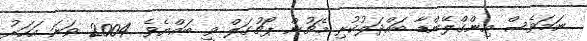
ނަމަވެސް އިންގްލޭންޑާ ބައްދަލުކުރި މެޗުން ޕޯޗުގަލް ވީ ބައްޔެވެ. 2004 ވަނަ އަހަރު